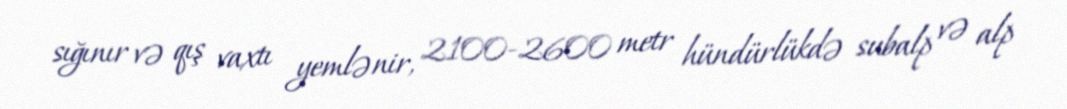
sığınır və qış vaxtı yemlənir, 2100-2600 metr hündürlükdə subalp və alp